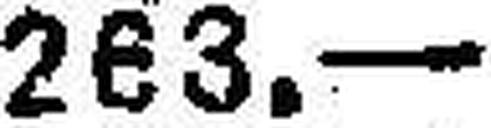
263.—